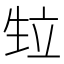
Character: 𭺴